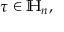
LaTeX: \tau \in \mathbb { H } _ { n } ,